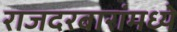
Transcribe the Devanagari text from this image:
राजदरबारांमध्ये